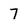
Character: 7